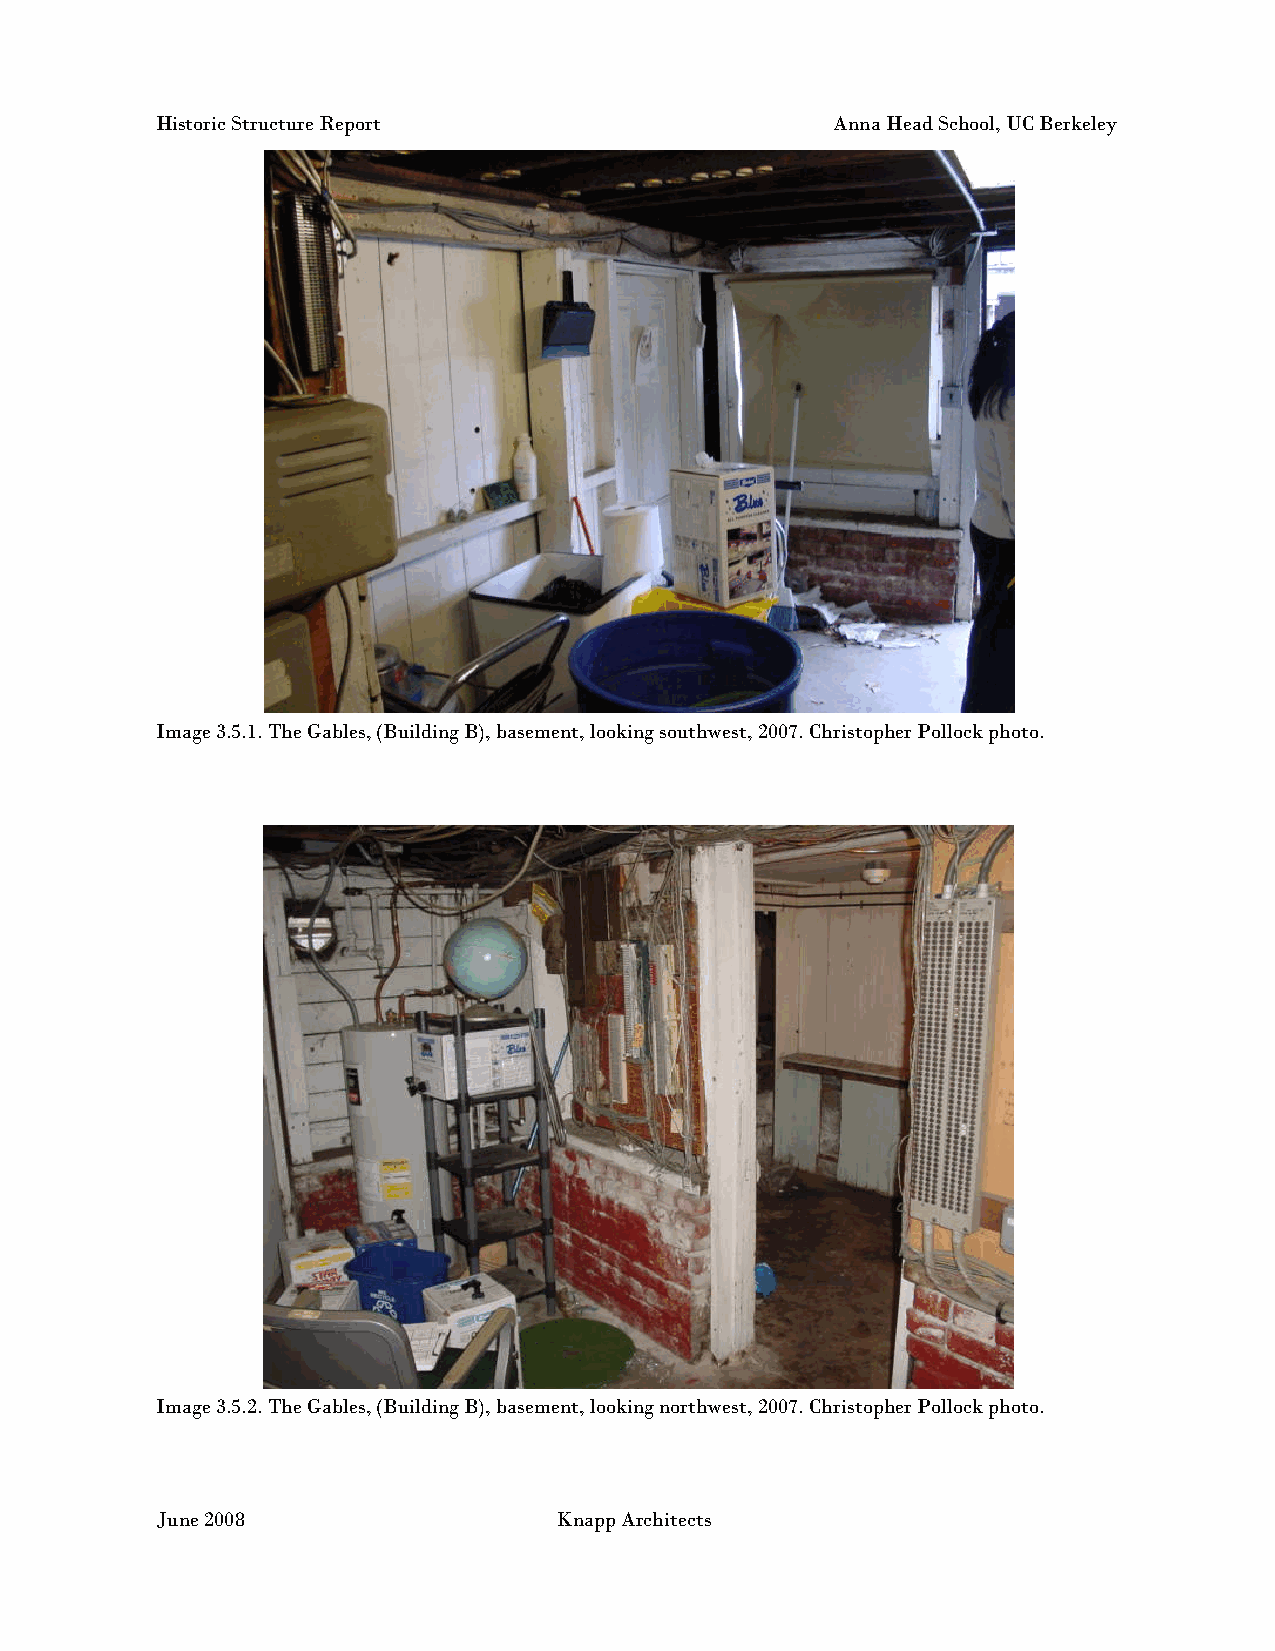
Historic Structure Report                    Anna Head School, UC Berkeley
 Image 3.5.1. The Gables, (Building B), basement, looking southwest, 2007. Christopher Pollock photo.
 Image 3.5.2. The Gables, (Building B), basement, looking northwest, 2007. Christopher Pollock photo.
 June 2008                  Knapp Architects